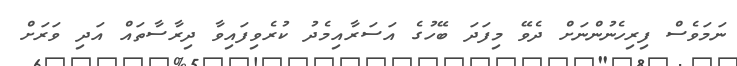
ނަމަވެސް ފިރިހެނުންނަށް ދެވޭ މިފަދަ ބޭހުގެ އަސަރާއިމެދު ކުރެވިފައިވާ ދިރާސާތައް އަދި ވަރަށް